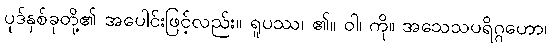
ပုဒ်နှစ်ခုတို့၏ အပေါင်းဖြင့်လည်း။ ရူပဿ၊ ၏။ ဝါ၊ ကို။ အသေသပရိဂ္ဂဟော၊